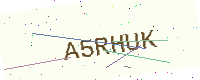
Text: A5RHUK